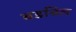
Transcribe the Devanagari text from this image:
बडबिल